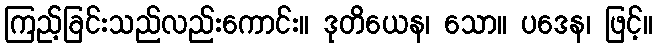
ကြည့်ခြင်းသည်လည်းကောင်း။ ဒုတိယေန၊ သော။ ပဒေန၊ ဖြင့်။